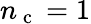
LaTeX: n_{\mathrm{~c~}}=1